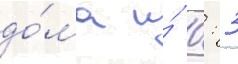
до́ма и́ 0: 3